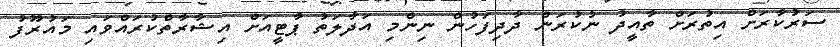
ސަރުކާރަށް އިތުރަށް ތާއީދު ނުކުރަން ދާދިފަހުން ނިންމި އަދާލަތު ޕާޓީއަށް އިޝާރާތްކުރައްވައި މައުރޫފު